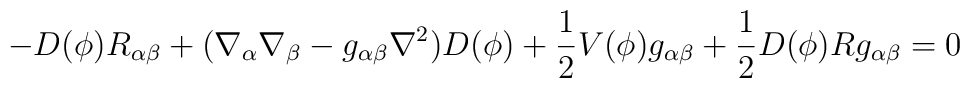
-D(\phi)R_{\alpha\beta} + (\nabla_{\alpha}\nabla_{\beta} - g_{\alpha\beta}\nabla^{2})D(\phi) + \frac{1}{2} V(\phi)g_{\alpha\beta} +\frac{1}{2} D(\phi)Rg_{\alpha\beta} = 0